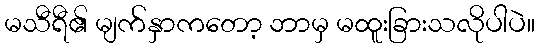
မသီရီ၏ မျက်နှာကတော့ ဘာမှ မထူးခြားသလိုပါပဲ။